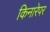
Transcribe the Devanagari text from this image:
किनारेपर